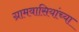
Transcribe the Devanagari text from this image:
ग्रामवासियांच्या